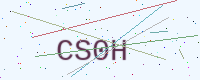
Text: CS0H